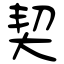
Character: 契